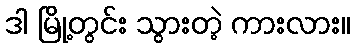
ဒါ မြို့တွင်း သွားတဲ့ ကားလား။